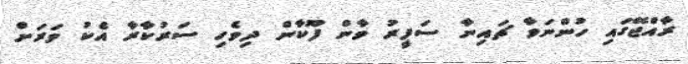
ރާއްޖޭގައި ހުންނަވާ ޗައިނާ ސަފީރު ވާން ފޫކާން ދިވެހި ސަރުކާރާ އެކު ވަރަށް